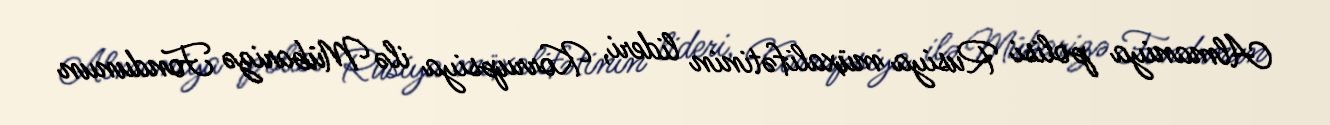
Almaniya polisi Rusiya müxalifətinin lideri, Korrupsiya ilə Mübarizə Fondunun